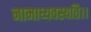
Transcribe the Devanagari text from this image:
नामाध्यवस्यति।।